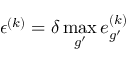
\epsilon ^ { ( k ) } = \delta \operatorname* { m a x } _ { g ^ { \prime } } e _ { g ^ { \prime } } ^ { ( k ) }